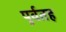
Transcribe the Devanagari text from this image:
पुर्वतह